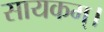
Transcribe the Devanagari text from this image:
सायकम्।